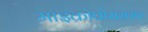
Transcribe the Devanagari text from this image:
माइक्रोप्रोसससर